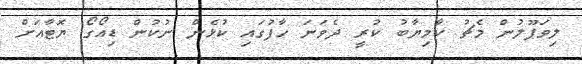
ލިވަޕޫލުން މެޗު ކާމިޔާބު ކުރީ ދެވަނަ ހާފުގައި ކުޅެން ނުކުން ޑިއޯގޯ ޔޮޓާއަށް